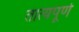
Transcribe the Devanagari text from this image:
तात्यपूर्ण